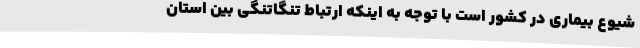
شیوع بیماری در کشور است با توجه به اینکه ارتباط تنگاتنگی بین استان